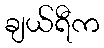
ချယ်ရီက